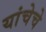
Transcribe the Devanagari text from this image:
यांचेचे